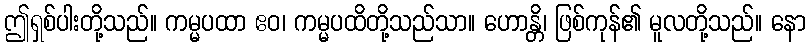
ဤရှစ်ပါးတို့သည်။ ကမ္မပထာ ဧဝ၊ ကမ္မပထိတို့သည်သာ။ ဟောန္တိ၊ ဖြစ်ကုန်၏ မူလတို့သည်။ နော